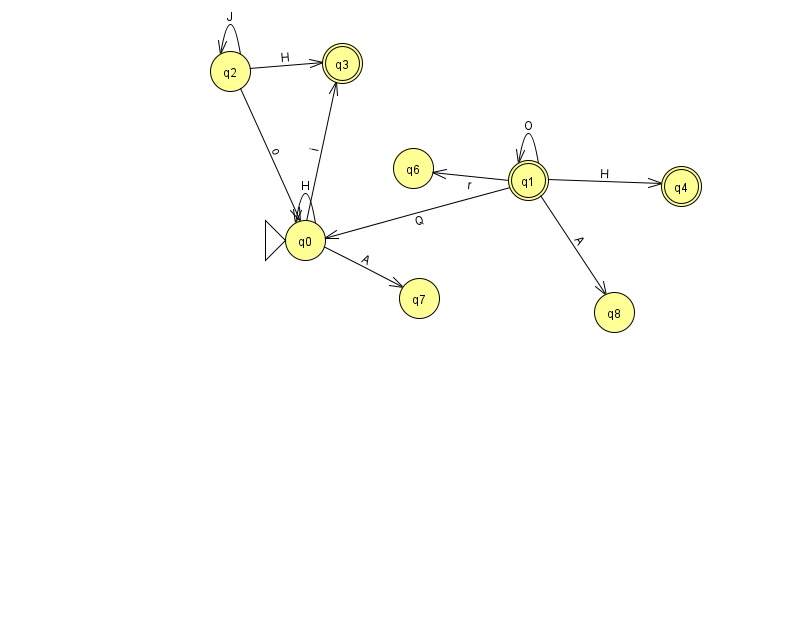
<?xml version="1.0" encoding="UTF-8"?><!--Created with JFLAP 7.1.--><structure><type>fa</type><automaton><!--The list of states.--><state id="0" name="q0"><x>305.0</x><y>227.0</y><initial/></state><state id="1" name="q1"><x>528.0</x><y>167.0</y><final/></state><state id="2" name="q2"><x>230.0</x><y>58.0</y></state><state id="3" name="q3"><x>342.0</x><y>50.0</y><final/></state><state id="4" name="q4"><x>681.0</x><y>173.0</y><final/></state><state id="6" name="q6"><x>413.0</x><y>155.0</y></state><state id="7" name="q7"><x>419.0</x><y>285.0</y></state><state id="8" name="q8"><x>614.0</x><y>299.0</y></state><!--The list of transitions.--><transition><from>1</from><to>0</to><read>Q</read></transition><transition><from>1</from><to>6</to><read>r</read></transition><transition><from>2</from><to>0</to><read>o</read></transition><transition><from>1</from><to>4</to><read>H</read></transition><transition><from>0</from><to>3</to><read>i</read></transition><transition><from>0</from><to>0</to><read>H</read></transition><transition><from>0</from><to>7</to><read>A</read></transition><transition><from>1</from><to>8</to><read>A</read></transition><transition><from>2</from><to>2</to><read>J</read></transition><transition><from>2</from><to>3</to><read>H</read></transition><transition><from>1</from><to>1</to><read>O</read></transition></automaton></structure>